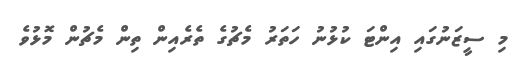
މި ސީޒަނުގައި އިންޓަ ކުޅުނު ހަތަރު މެޗުގެ ތެރެއިން ތިން މެޗުން މޮޅުވެ